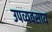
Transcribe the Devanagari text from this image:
उपव्यवसाय